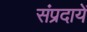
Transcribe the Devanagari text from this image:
संप्रदायें